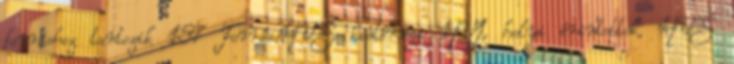
forráshoz tartozik 157 Forrás:HVS kistérségi HVI, helyi érintettek, HVS